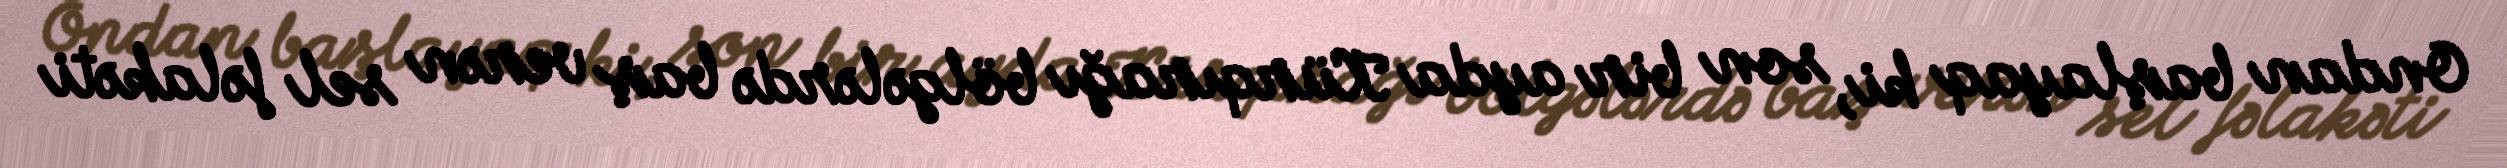
Ondan başlayaq ki, son bir ayda Kürqırağı bölgələrdə baş verən sel fəlakəti